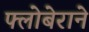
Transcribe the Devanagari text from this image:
फ्लोबेराने